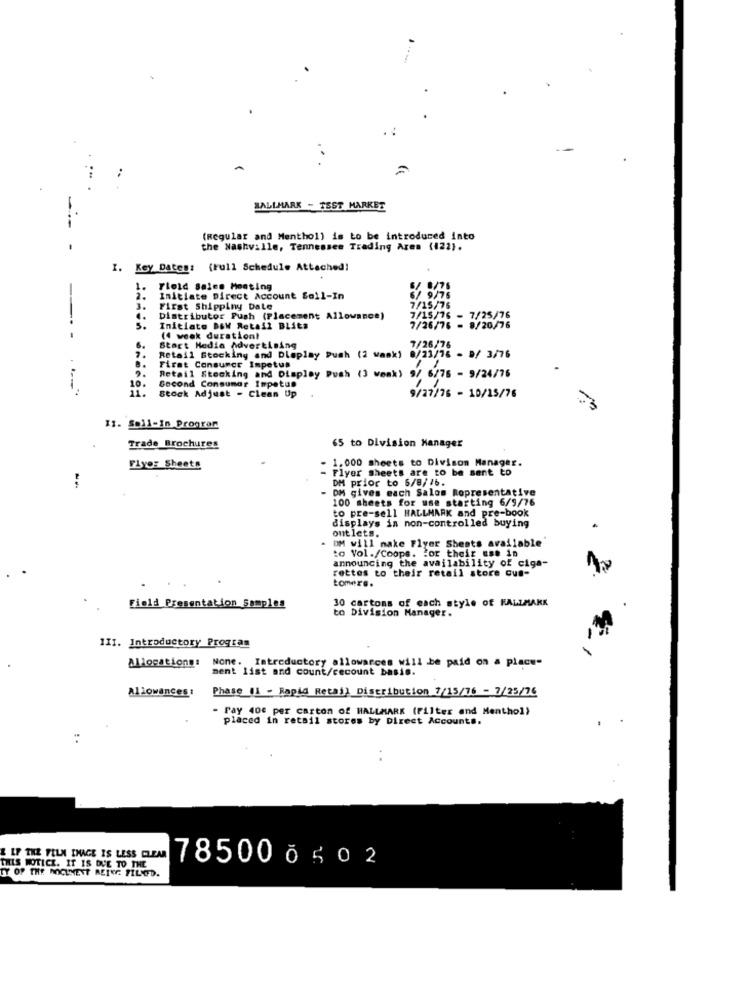
HALLMARK - TEST MARKET
-
(Regular and Menthol) is to be introduced into
-
the Nashville, Tennessee Trading Aren (122).
I. Key Dates: (Full Schedule Attached!
1.
Floid Sales Meeting
1/76
2.
Initiate Direct Account Soll-In
6/ 9/75
3.
First Shipping Date
7/15/76
4.
Distributor Push (Placement Allowance)
7/15/76 - 7/25/76
5 .
Initiate DOW Retail Blits
7/26/76 - 9/20/76
----
(4 week duration!
6.
Start Media Advertising
7/26/76
7.
Retail Stocking and Dleplay Push (2 wask)
8/23/16 - B/ 3/76
First Consumer Impetus
10.
Second Consumar Impetus
Retail Stocking and Display Push (3 weak) 9/
9/ 6/76 - 9/24/76
Stock Adjust - Clean Up
9/27/76 - 10/15/76
11. Sall-In Progran
65 to Division Manager
Trade Brochures
1.000 Sheets to Divison Manager.
Flyer Sheets
- Flyer Sheets are to be sent to
DM prior to 5/8/16.
- DM gives each Salom Representative
100 sheets for use starting 6/9/76
to pre-sell HALLMARK and pre-book
displays in non-controlled buying
out lets.
DM will make Flyer Sheets available
to Vol./Coops. For their use in
announcing the availability of ciga-
rettes to their retail store cus-
tomere.
30 cartons of each style of HALLMARK
Field Presentation Samples
to Division Manager.
III. Introductory Program
Allocationg:
None. Introductory allowances will be paid on a place-
ment list and count/cecount basis.
Allowances :
Phase 11 - Rapid Retail Distribution 7/15/76 - 7/25/76
- Fay 400 per carton of HALLMARK (Filter and Menthol)
placed in retail stores by Direct Accounts.
. .
& IF THE FILM IMAGE IS LESS CLEAR
78500 0 502
THIS NOTICE. IT IS DUE TO THE
TY OF THE DOCUMENT AEINE FILED.